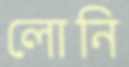
লোনি